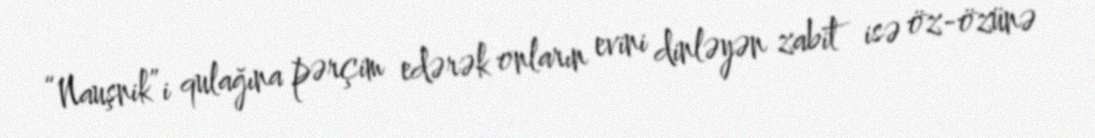
“Nauşnik”i qulağına pərçim edərək onların evini dinləyən zabit isə öz-özünə